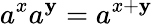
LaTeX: a^{x}a^{\mathbf{y}}=a^{x+\mathbf{y}}